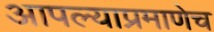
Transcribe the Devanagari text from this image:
आपल्याप्रमाणेच